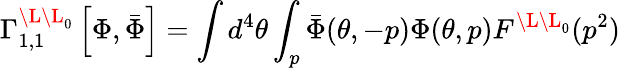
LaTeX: \Gamma_{1,1}^{\L\L_{0}}\left[\Phi,\bar{\Phi}\right]=\int d^{4}\theta\int_{p}\bar{\Phi}(\theta,-p)\Phi(\theta,p)F^{\L\L_{0}}(p^{2})